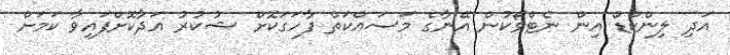
އަދި ލިންކްޑް އިން ނެޓްވޯކުން އޭނާގެ މަސައްކަތް ފާހަގަކޮށް ޝުކުރު އަދާކޮށްފައިވާ ކަމަށް